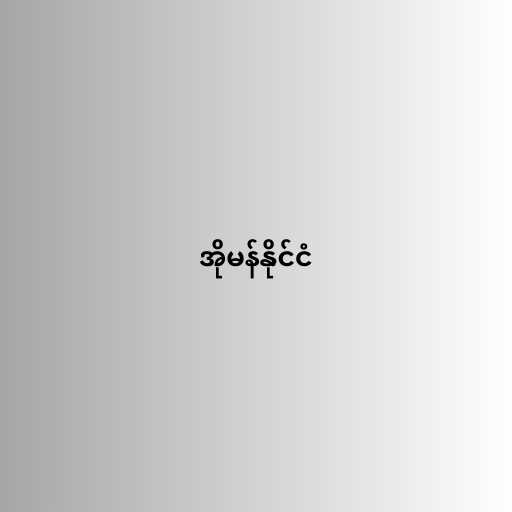
အိုမန်နိုင်ငံ